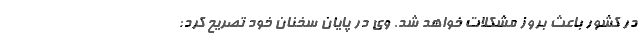
در کشور باعث بروز مشکلات خواهد شد. وی در پایان سخنان خود تصریح کرد: